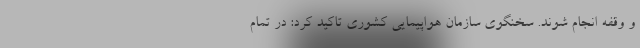
و وقفه انجام شوند. سخنگوی سازمان هواپیمایی کشوری تاکید کرد: در تمام